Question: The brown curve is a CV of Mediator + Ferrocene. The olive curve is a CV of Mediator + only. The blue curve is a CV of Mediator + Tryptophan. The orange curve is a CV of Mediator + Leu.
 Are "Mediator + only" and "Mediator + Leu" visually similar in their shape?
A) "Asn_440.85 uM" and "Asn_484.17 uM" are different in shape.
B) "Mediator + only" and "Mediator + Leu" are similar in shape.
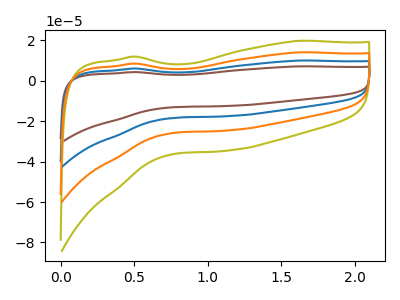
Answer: <think>The brown curve "Mediator + Ferrocene" has no peaks. The olive curve "Mediator + only" has no peaks. The blue curve "Mediator + Tryptophan" has no peaks. The orange curve "Mediator + Leu" has no peaks.
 Neither "Mediator + only" or "Mediator + Leu" have any peaks.</think>
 <answer>B) "Mediator + only" and "Mediator + Leu" are similar in shape.</answer>
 <eval>B</eval>